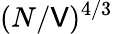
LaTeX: (N/\mathsf{V})^{4/3}